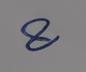
Signature authenticity: genuine